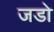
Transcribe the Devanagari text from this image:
जडो